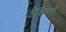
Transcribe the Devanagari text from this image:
लैस्बियनों